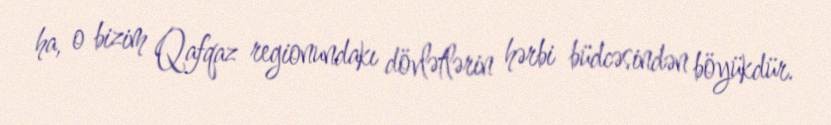
ha, o bizim Qafqaz regionundakı dövlətlərin hərbi büdcəsindən böyükdür.